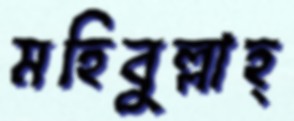
মহিবুল্লাহ্